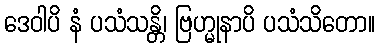
ဒေဝါပိ နံ ပသံသန္တိ၊ ဗြဟ္မုနာပိ ပသံသိတော။